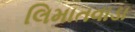
લિમાતવાડા